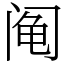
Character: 阄